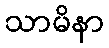
သာမိနာ